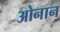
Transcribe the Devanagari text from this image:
ओनान